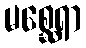
မစ္ဆေရာ